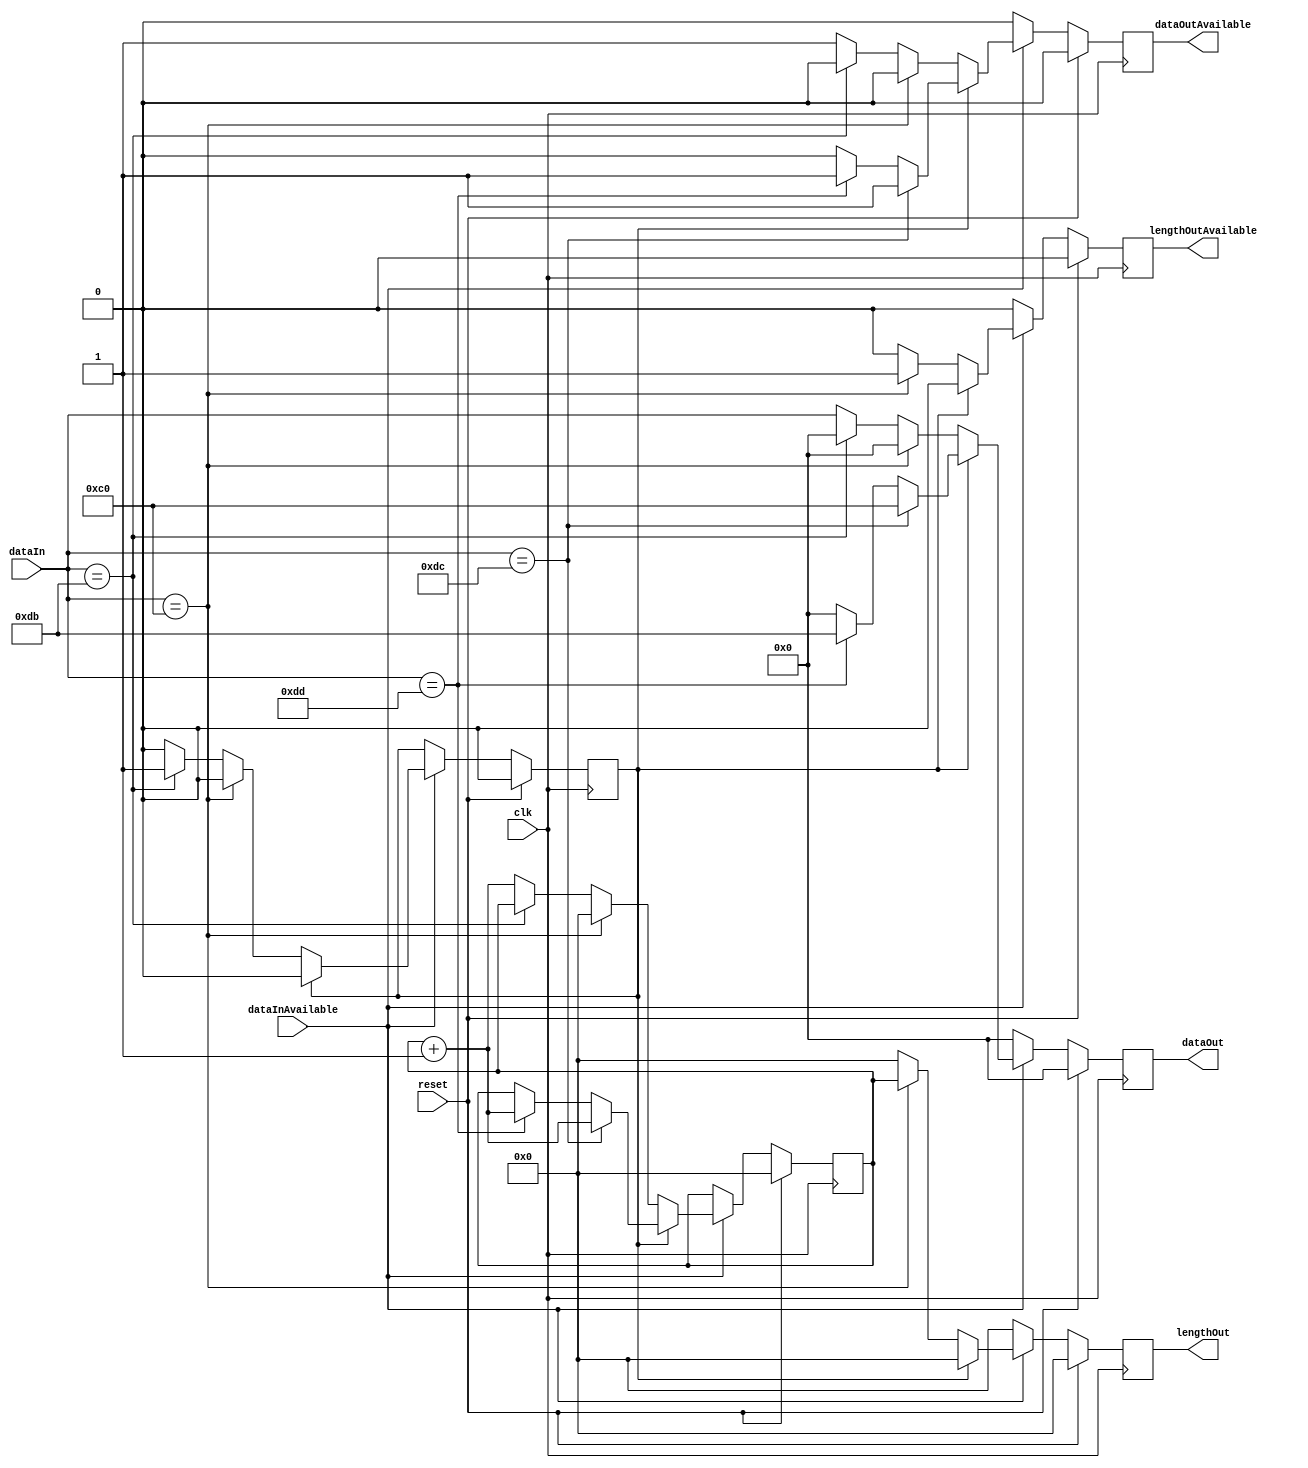
/*
 * SLIP Receiver
 */

`define FRAME_END      8'hC0
`define FRAME_ESC      8'hDB
`define FRAME_ESC_END  8'hDC
`define FRAME_ESC_ESC  8'hDD

module slipRx (
    clk,
    reset,

    dataIn,
    dataInAvailable,

    dataOut,
    dataOutAvailable,

    lengthOut,
    lengthOutAvailable
);

    parameter MAX_LENGTH = 11;

    input clk;
    input reset;

    input [7:0] dataIn;
    input dataInAvailable;

    output reg [7:0] dataOut;
    output reg dataOutAvailable;

    output reg [MAX_LENGTH-1:0] lengthOut;
    output reg lengthOutAvailable;


    reg escaped;
    reg [MAX_LENGTH-1:0] currentLength;

    always @(posedge clk)
    begin

        dataOut <= 0;
        dataOutAvailable <= 0;
        lengthOut <= 0;
        lengthOutAvailable <= 0;

        if (reset)
        begin
            escaped <= 0;
            currentLength <= 0;
        end
        else if (dataInAvailable)
        begin
            if (!escaped)
            begin

                if (dataIn == `FRAME_END)
                begin
                    lengthOut <= currentLength;
                    lengthOutAvailable <= 1;
                    currentLength <= 0;
                end
                else if (dataIn == `FRAME_ESC)
                begin
                    escaped <= 1;
                end
                else
                begin
                    dataOut <= dataIn;
                    dataOutAvailable <= 1;
                    currentLength <= currentLength + 1;
                end

            end
            else
            begin
                
                escaped <= 0;

                if (dataIn == `FRAME_ESC_END)
                begin
                    dataOut <= `FRAME_END;
                    dataOutAvailable <= 1;
                    currentLength <= currentLength + 1;
                end
                else if (dataIn == `FRAME_ESC_ESC)
                begin
                    dataOut <= `FRAME_ESC;
                    dataOutAvailable <= 1;
                    currentLength <= currentLength + 1;
                end

            end
        end

    end
endmodule